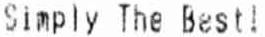
SIMPLY THE BEST!